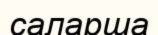
саларша